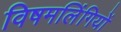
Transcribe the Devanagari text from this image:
विषमलिंगियों